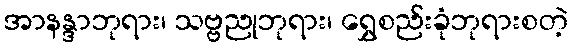
အာနန္ဒာဘုရား၊ သဗ္ဗညုဘုရား၊ ရွှေစည်းခုံဘုရားစတဲ့